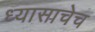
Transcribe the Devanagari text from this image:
ध्यासाचेच